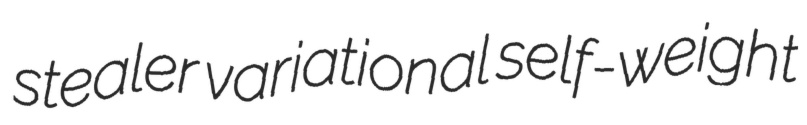
stealer variational self-weight